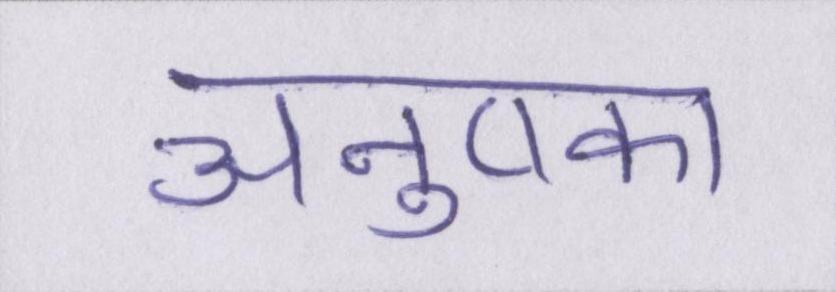
अनुष्का